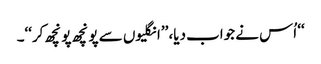
‘‘ اُس نے جواب دیا، ’’انگلیوں سے پونچھ پونچھ کر‘‘۔